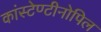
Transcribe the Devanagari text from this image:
कांस्टेण्टीनोपिल